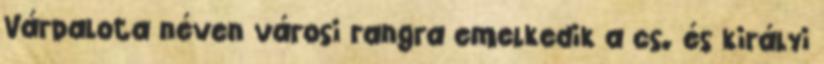
Várpalota néven városi rangra emelkedik a cs. és királyi